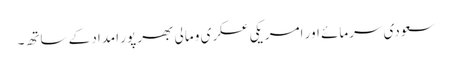
سعودی سرمائے اور امریکی عسکری و مالی بھر پور امداد کے ساتھ۔